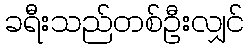
ခရီးသည်တစ်ဦးလျှင်